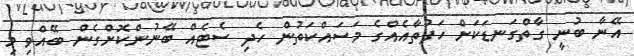
އޭނާ ބުނީ ގާތްގަނޑަކަށް ހަފުތާއެއްގެ މަސައްކަތުން ހެދި ސެޓެއް ބޭނުންކޮށްގެން ބޭއްވި މި